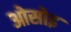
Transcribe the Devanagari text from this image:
ओसोइ